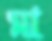
মা